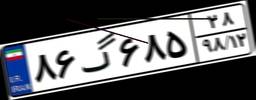
۸۶گ۶۸۵۲۸